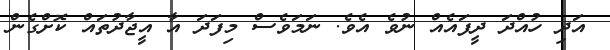
އަދި ހުއްދަ ދީފައެއް ނުވެ އެވެ. ނަމަވެސް މިފަދަ އާ އީޖާދުތައް ކޮށްގެން